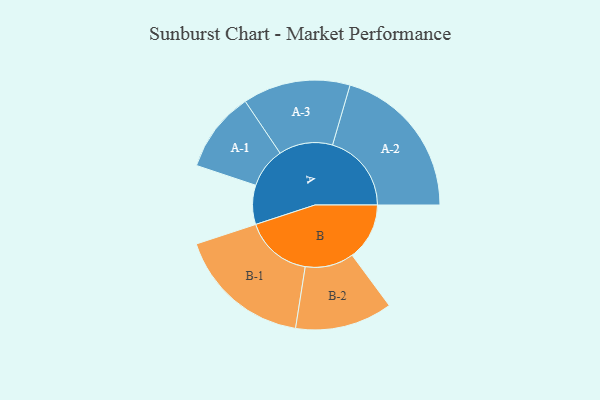
{"axis": {"x": "Segment", "y": "Value"}, "legend": ["", "A", "B"], "data": [{"x": "A", "y": 145, "type": ""}, {"x": "B", "y": 212, "type": ""}, {"x": "A-1", "y": 149, "type": "A"}, {"x": "A-2", "y": 292, "type": "A"}, {"x": "A-3", "y": 199, "type": "A"}, {"x": "B-1", "y": 249, "type": "B"}, {"x": "B-2", "y": 180, "type": "B"}]}